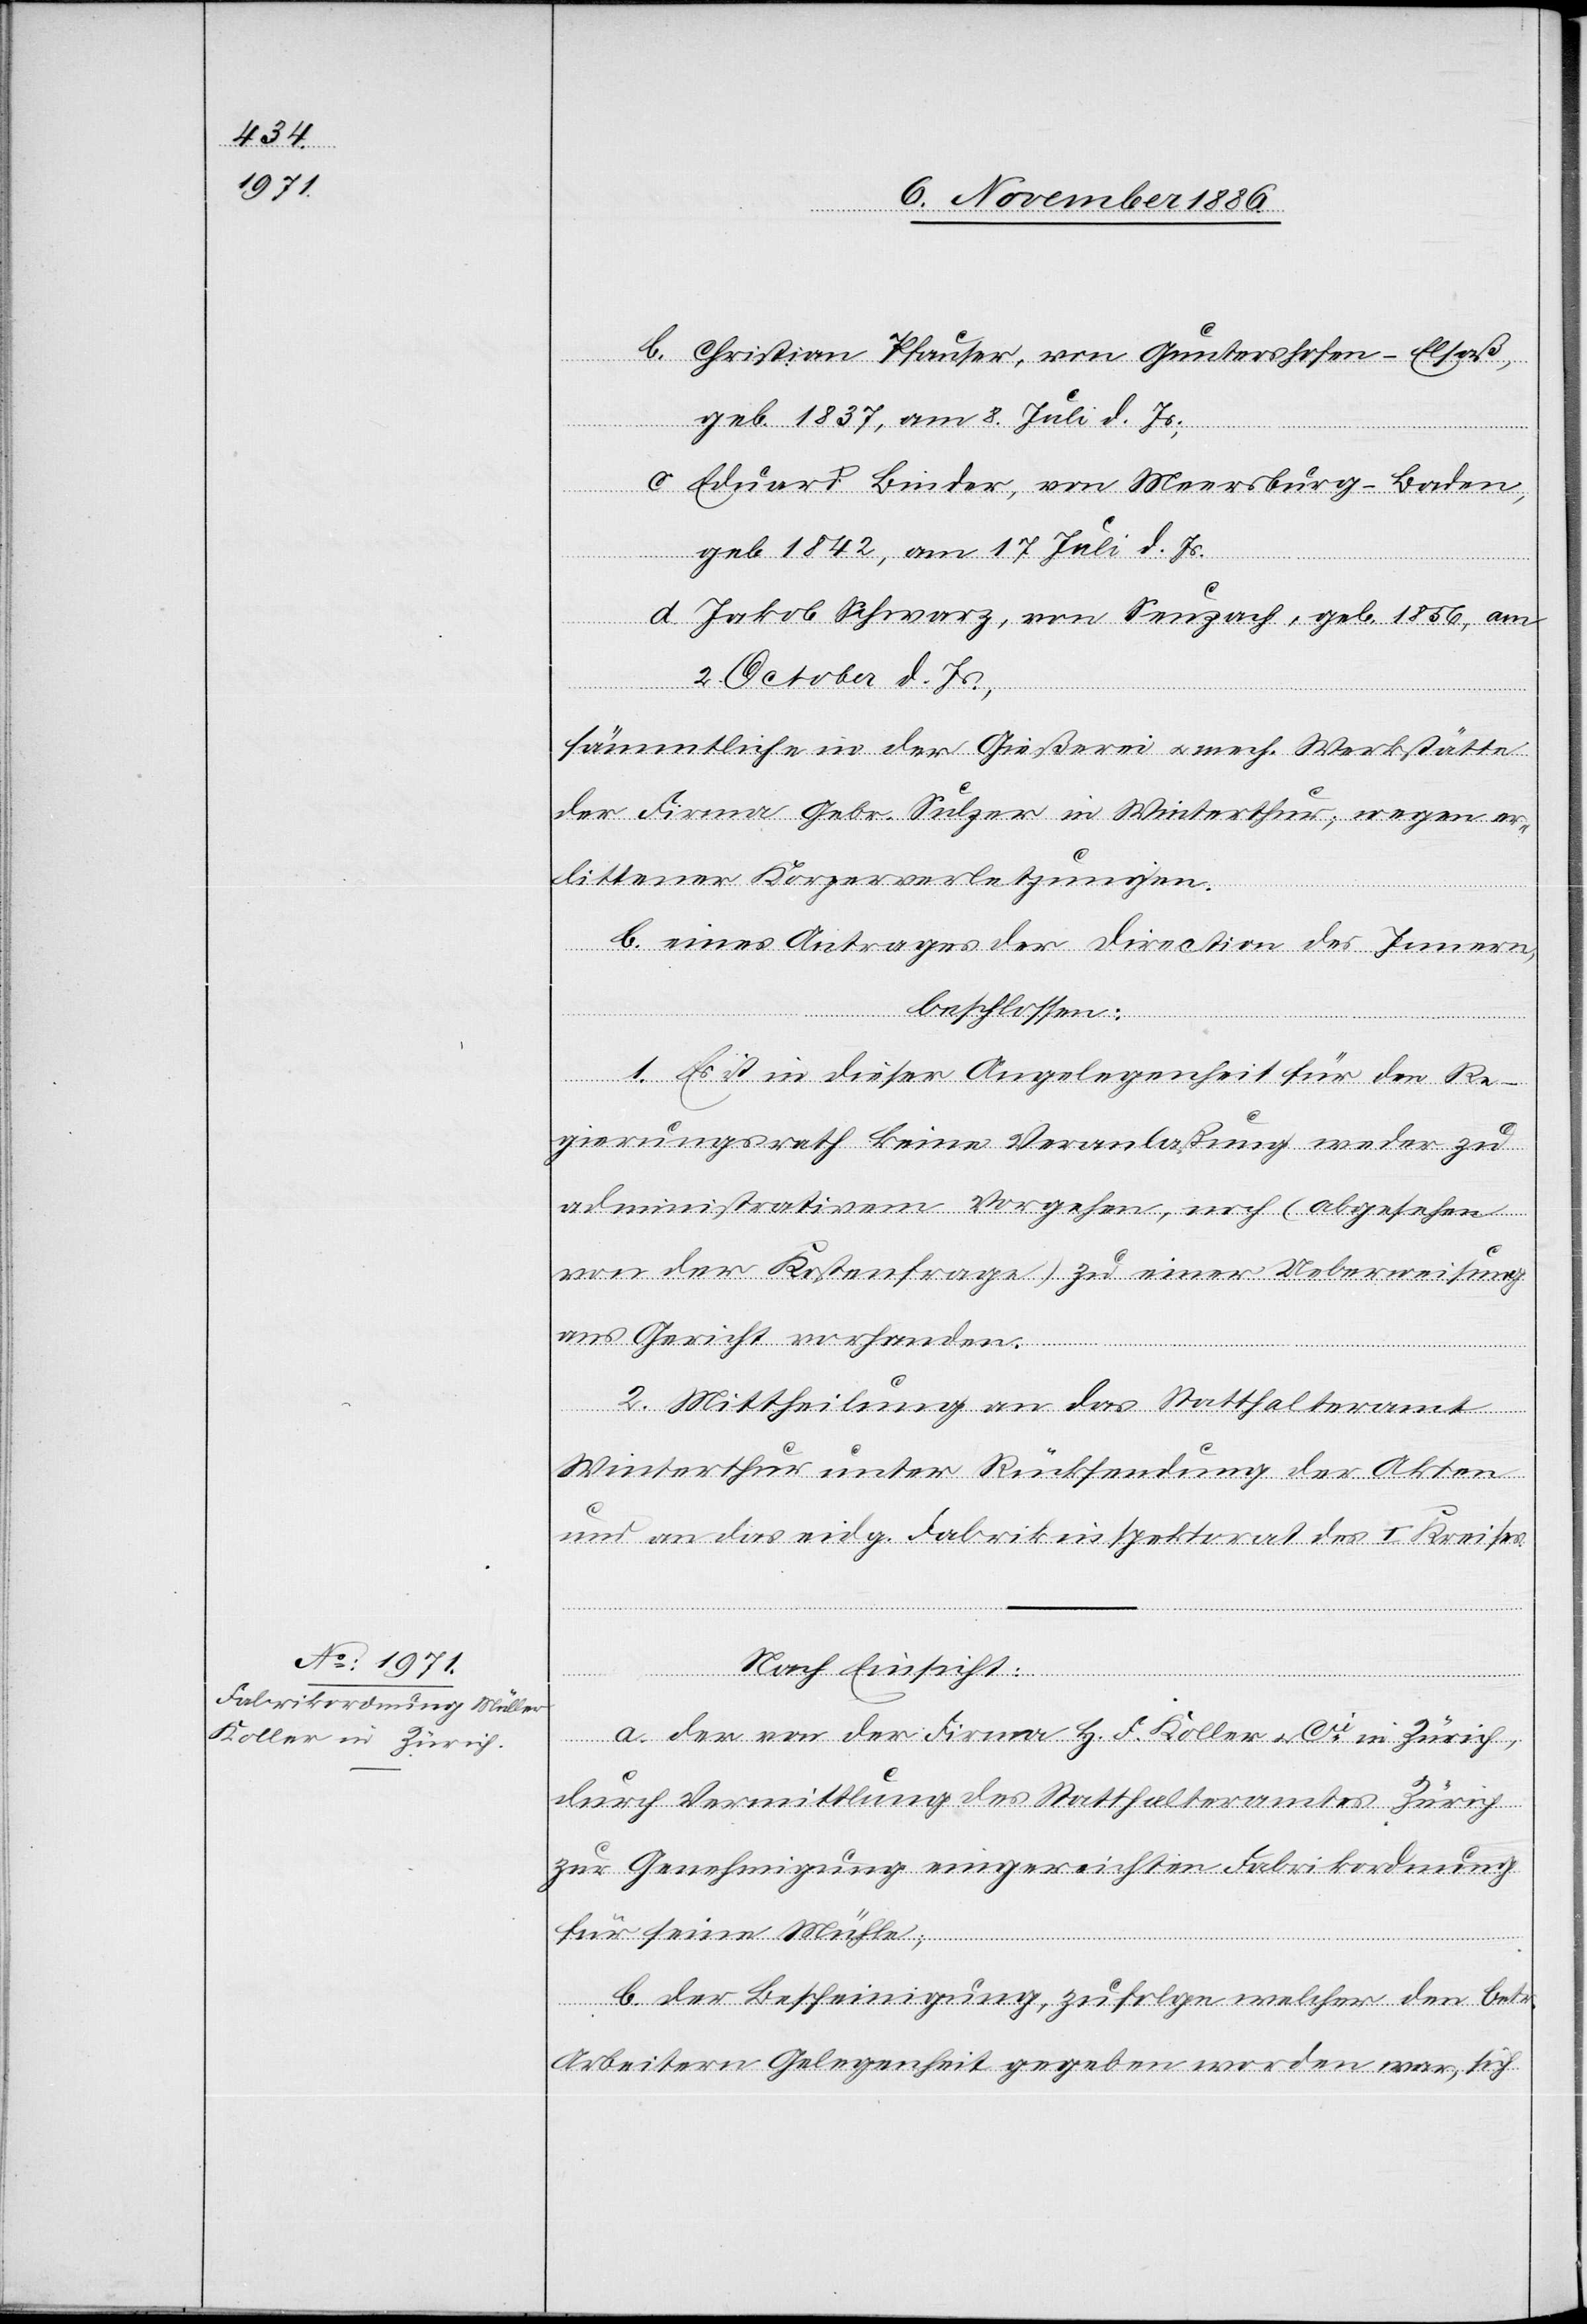
Christian Pfauser, von Guntershofen - Elsaß,
geb. 1837, am 8. Juli d. Js.;
Eduard Binder, von Meersburg - Baden,
geb. 1842, am 17. Juli d. Js.
Jakob Schwarz, von Seuzach, geb. 1856, am
2. October d. Js.,
sämmtliche in der Gießerei & mech. Werkstätte
der Firma Gebr. Sulzer in Winterthur; wegen er¬
littener Körperverletzungen.
b. eines Antrages der Direction des Innern,
beschlossen:
1. Es ist in dieser Angelegenheit für den Re¬
gierungsrath keine Veranlaßung weder zu
administrativem Vorgehen, noch (abgesehen
von der Kostenfrage) zu einer Ueberweisung
ans Gericht vorhanden.
2. Mittheilung an das Statthalteramt
Winterthur unter Rücksendung der Akten
und an das eidg. Fabrikinspektorat des I. Kreises.
Nach Einsicht:
a. der von der Firma H. F. Koller & Cie in Zürich,
durch Vermittlung des Statthalteramtes Zürich
zur Genehmigung eingereichten Fabrikordnung
für seine Mühle;
b. der Bescheinigung, zufolge welcher den betr.
Arbeitern Gelegenheit gegeben worden war, sich